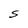
Character: S